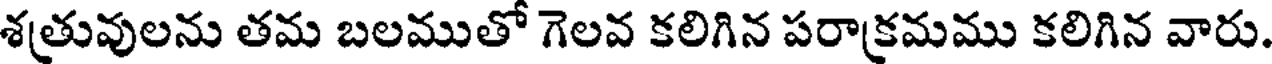
శత్రువులను తమ బలముతో గెలవ కలిగిన పరాక్రమము కలిగిన వారు.